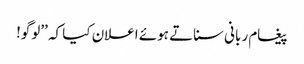
پیغام ربانی سناتے ہوئے اعلان کیا کہ ’’لوگو!